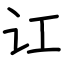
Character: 讧